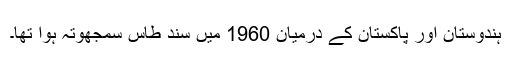
ہندوستان اور پاکستان کے درمیان 1960 میں سند طاس سمجھوتہ ہوا تھا۔